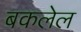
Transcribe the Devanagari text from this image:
बकलेल